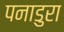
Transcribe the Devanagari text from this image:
पनाडुरा